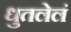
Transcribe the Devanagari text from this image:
धुतलेलं